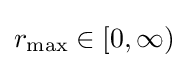
r_{\text{max}}\in [0,\infty )